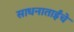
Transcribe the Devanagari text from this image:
साधनाताईंचे